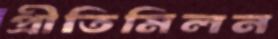
প্রীতিমিলন